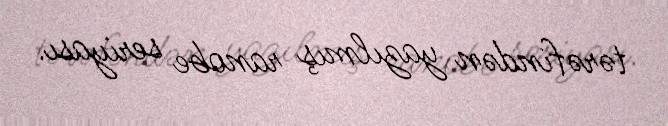
tərəfindən yazılmış ranobe seriyası.